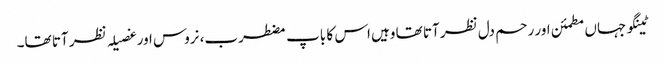
ٹینگو جہاں مطمئن اور رحم دل نظر آتا تھا وہیں اس کا باپ مضطرب، نروس اور غصیلہ نظر آتا تھا۔